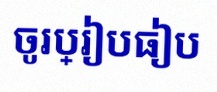
ចូរប្រៀបធៀប